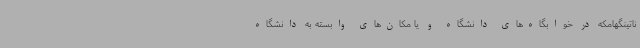
ناتینگهامکه در خوابگاه‌های دانشگاه و یا مکان‌های وابسته به دانشگاه